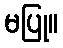
မပြု။